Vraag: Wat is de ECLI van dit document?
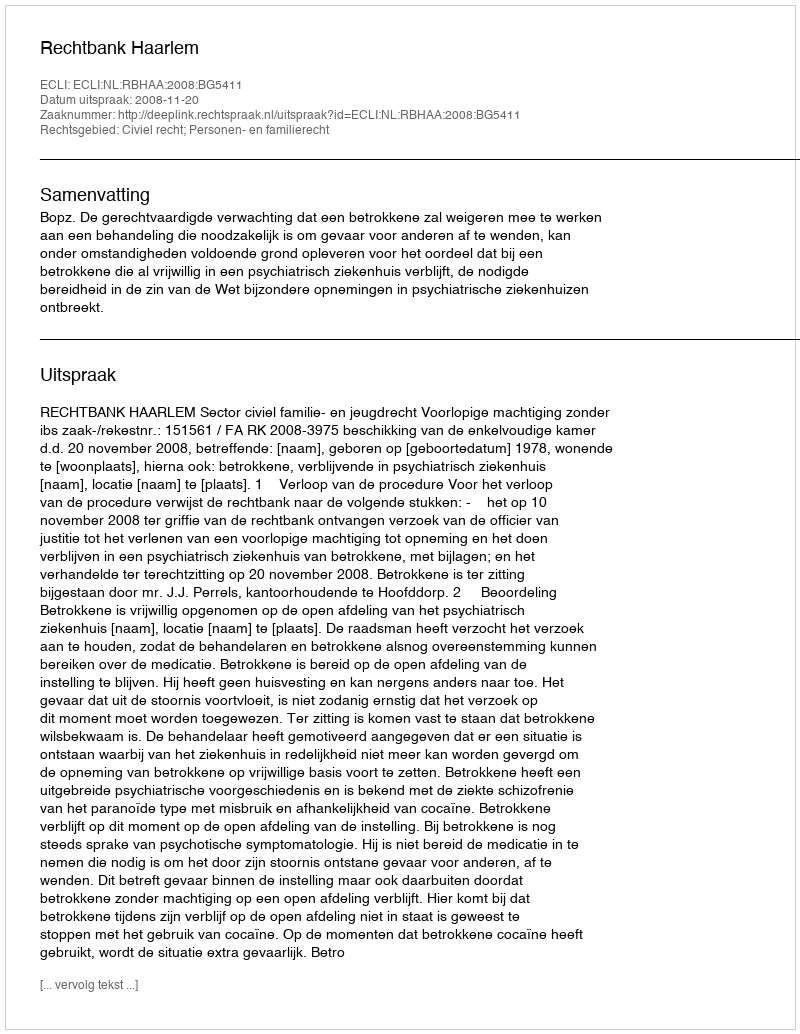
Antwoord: ECLI:NL:RBHAA:2008:BG5411